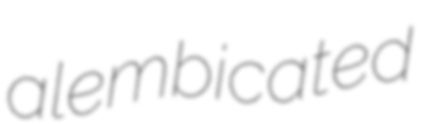
alembicated